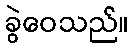
ခွဲဝေသည်။